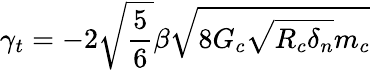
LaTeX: \gamma_{t}=-2\sqrt{\frac{5}{6}}\beta\sqrt{8G_{c}\sqrt{R_{c}\delta_{n}}m_{c}}